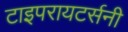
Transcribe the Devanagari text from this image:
टाइपरायटर्सनी